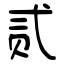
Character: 贰